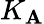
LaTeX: K_{\mathbf{A}}